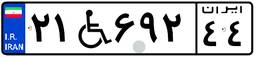
۲۱W۶۹۲۴۴